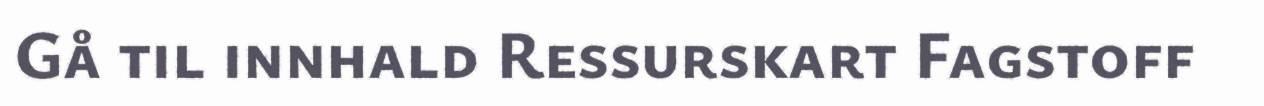
Gå til innhald Ressurskart Fagstoff